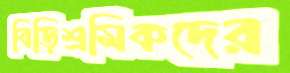
বিড়িশ্রমিকদের